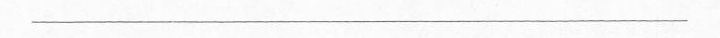
___